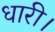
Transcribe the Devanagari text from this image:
धारी।